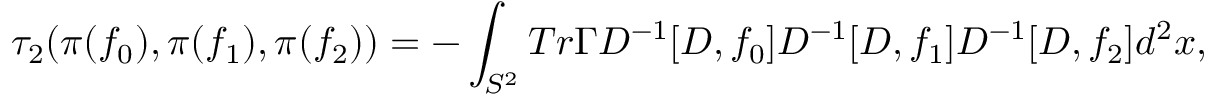
{ \tau } _ { 2 } ( { \pi } ( f _ { 0 } ) , { \pi } ( f _ { 1 } ) , { \pi } ( f _ { 2 } ) ) = - \int _ { S ^ { 2 } } T r { \Gamma } D ^ { - 1 } [ D , f _ { 0 } ] D ^ { - 1 } [ D , f _ { 1 } ] D ^ { - 1 } [ D , f _ { 2 } ] d ^ { 2 } x ,